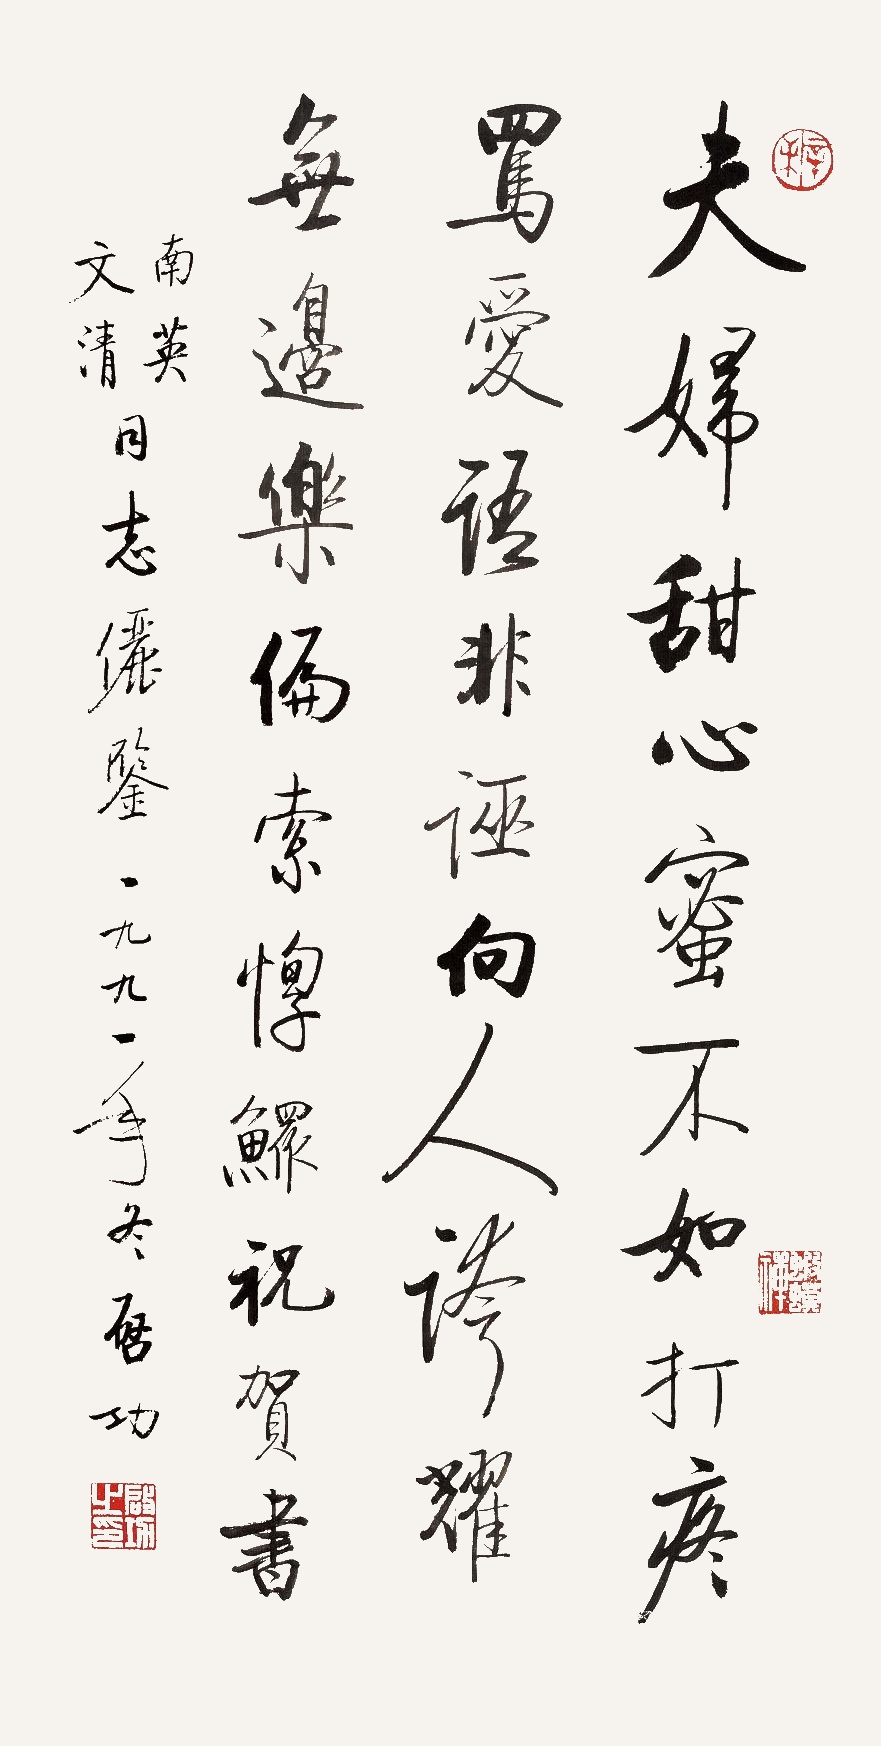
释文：夫妇甜心蜜不如，打疼骂爱语非诬。向人夸耀无边乐，偏索惸鳏祝贺书。南英、文清同志俪鉴，一九九一年冬，启功。